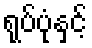
ရုပ်ပုံနှင့်